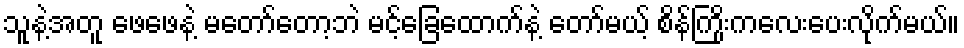
သူနဲ့အတူ ဖေဖေနဲ့ မတော်တော့ဘဲ မင့်ခြေထောက်နဲ့ တော်မယ့် စိန်ကြိုးကလေးပေးလိုက်မယ်။